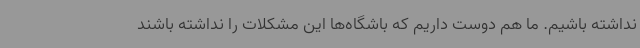
نداشته باشیم. ما هم دوست داریم که باشگاه‌ها این مشکلات را نداشته باشند